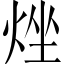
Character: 𤉛